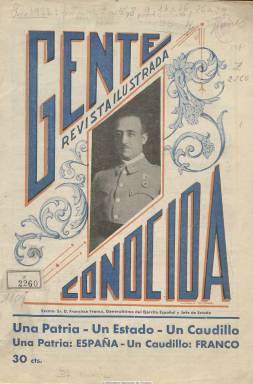
Título: Gente conocida (Cádiz)
Colección: Revistas de información general
Ámbito geográfico: Cádiz
Lugar de publicación: Cádiz
Fechas: 01/02/1937-31/03/1938

Revista trimensual o decenal ilustrada que saca a la luz el prolífico poeta modernista gaditano Eduardo de Ory y Sevilla (1884-1939), a partir de febrero de 1937, en una ciudad en manos del denominado “bando nacional” desde el frustrado golpe militar que había dado lugar a la guerra civil española. Su artífice se empeñó en hacer una publicación “amena e instructiva”, que abarcara “toda las modalidades modernas: Literatura, sociedad, cinematografía, deportes”, tal como el dijo que debería ser un “periódico de actualidad” o “mejor dicho: en la hora presente” en su artículo de presentación titulado, precisamente, Buenos días. Y así fue, tratando en sus páginas la vida cotidiana, incluso la más frívola, además de retazos de literatura, junto a fotograbados de la ciudad, pero también de militares y falangistas.

Para ello quiso atraer a sus páginas a una serie de colaboradores, entre ellos, a un José María Pemán (1897-1981) al que el “generalísimo” Franco había nombrado presidente de la Comisión de Cultura y Enseñanza de la Junta Técnica Nacional, el órgano de gobierno de los sublevados. En una carta abierta que envía a Ory y que aparece publicada en su primer número, Pemán se extraña del proyecto de una revista con tales mimbres, cuando “las mujeres andan de enfermeras en dramáticos hospitales de sangre; libros, apenas se escriben, como no sean de guerra y política…, y el café es malo y anda escaso”. Y a sus amigos que tildan de “locura” un proyecto editorial de amenidades y curiosidades en esas trágicas circunstancias, el poeta se despachará con una breve quintilla.

Será una revista de pequeño formato y de escasas ambiciones, un “caso excepcional”, tal como la ha etiquetado Concha Langa Nuño (2009), de dieciséis páginas por entrega, de las que más de un tercio van rebosantes de anuncios comerciales, por lo que debió ser, además, una fuente de ingresos bastante apreciable para su artífice, en los que se utilizan varias tintas para su estampación, al igual que en su cubierta. En esta siempre hay un lugar para insertar un fotograbado, aunque reducido de tamaño. El primero será el retrato de Francisco Franco, como “Generalísimo del Ejército Español y Jefe del Estado”, y le seguirán algunos otros de autoridades gaditanas, para muy pronto dedicarlo a artistas del cine: Ginger Roger, Rosita Moreno, Greta Garbo, Simone Simon, Marlene Dietrich…

Porque, además de contar con una sección propia dedicada a la cinematografía, en donde bajo la firma Santos se dará cuenta de los estrenos en el Cine Gades de la ciudad, o que el propio Ory publique un poema de su cosecha en la primera página de cada una de sus entregas, en el faldón de cada una de las páginas de todos sus números, incluidas las de los reclamos comerciales, se reproducirán en gruesa tipografía las consignas o lemas que los insurrectos militares y civiles venían acuñando: “Viva España y su Glorioso Ejército”, “¡¡Arriba España!!” , ¡Viva el Generalísimo Franco!” y, especialmente, “Una Patria: España. Un Estado: Nacional-Sindicalista. Un Caudillo: Franco”, que será situado bajo la cabecera de Gente conocida, un título ya de por sí desconcertante para el momento en que se publicó. El primer poema que Ory publique en su primera página lo hará bajo el epígrafe “La bandera española”, y con su pluma cultivará también el culto a la personalidad: “Con la que Franco –el inmortal Caudillo- por su gesto magnífico y sencillo- hará una Patria grande y poderosa”.

En sus páginas no faltarán alabanzas al coronel Yagüe, “heroico jefe de la Legión”, ni al catedrático de Patología General de Cádiz, Miguel Carmena Villarta, ni al general Varela. Y ello en una revista en donde amplios espacios estarán dedicados a la belleza de la mujer bajo el epígrafe Vida femenina o Muñecas, y se escriben textos como La nueva española o ¿Quiere usted adelgazar o engordar?. En dos ocasiones ofrecerá un amplio cuadro de sus colaboradores, de los que muchos no aparecerán sus firmas. Y entre ellos aparecen los nombres del vizconde de Casa-González, J. Escrivá de Romaní, Concha Espina, marqués de Lozoya, el citado José M. Pemán, Víctor M. Rendón, E. Zamacois y, como seudónimo, Zahorí, que firmará una sección titulada Guirigay.

Pero, la revista “no escapará a la guerra”, pues junto a textos sobre Garcilaso de la Vega (de Agustín del Saz), sobre Poetas contemporáneos, los incluidos en las secciones de Todo un poco y Vida social, con curiosidades, correspondencia, variedades y noticias bibliográficas, y poemas y otros textos de autores hispanoamericanos, de los que Ory se había convertido en un experto antólogo, Pascual Santacruz firmará Estampas de la guerra o Cromos de la guerra y José Sanz y Díaz publicará un reportaje sobre El requeté más joven de España. Además, un hijo del director ofrecerá un texto bajo el epígrafe Buen humor en el frente. Uno de los colaboradores fijos será Serafín Pró y Ruiz, cronista de la ciudad, que se ocupará de la sección Efemérides gaditanas. Otros colaboradores fueron Manuel S. Pichardo, Cayetano del Toro y Graciela Madero.

La colección de este título de la Biblioteca Nacional de España no está totalmente completa, y el número 42 es el último, que corresponde al 31 de marzo de 1938. La revista debió desaparecer pronto, pues al comenzar 1939, Ory sufrirá una trombosis de la que no podrá recuperarse, y falleció el 22 de marzo de ese año.